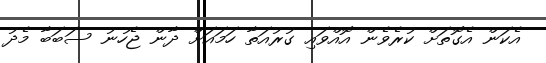
އެކަން އެގޮތަށް ކުރެވެން އޮއްވައި ގުރުއަތާ ހަމައަށް ދާން ޖެހުނު ސަބަބާ މެދު